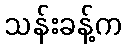
သန်းခန့်က